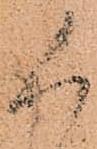
人